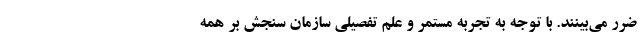
ضرر می‌بینند. با توجه به تجربه مستمر و علم تفصیلی سازمان سنجش بر همه